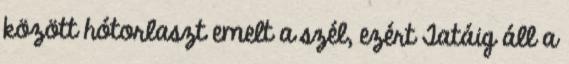
között hótorlaszt emelt a szél, ezért Tatáig áll a